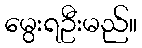
မွေးရဦးမည်။